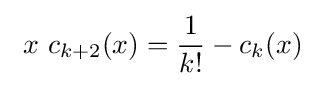
\ x\ c_{k+2}(x)={\frac {1}{k!}}-c_{k}(x)~